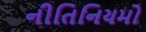
નીતિનિયમો